Report on the lunatic asylums under the Government of Bombay - 1904-1913
Year: 1904
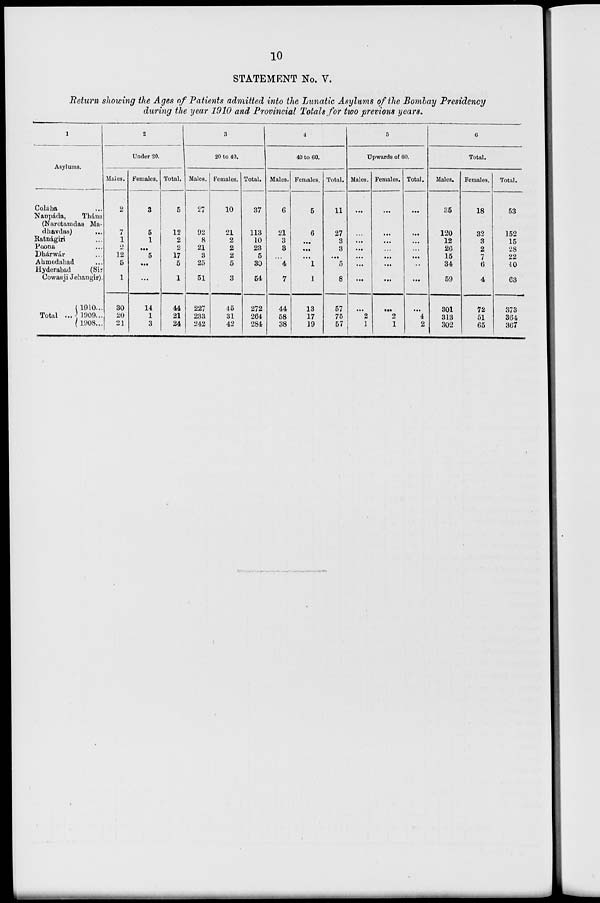
10
STATEMENT No. V.
Return showing the Ages of Patients admitted into the Lunatic Asylums of the Bombay Presidency
during the year 1910 and Provincial Totals for two previous years.
1
Asylums.
Colába ...
Naupáda,
Thána
(Narotamdas Ma-
dhavdas) ...
Ratnágiri ...
Poona ...
Dhárwár ...
Ahmedabad ...
Hyderabad
(Sir
Cowasji Jehangir).
Total ...
1910...
1909...
1908...
2
Under 20.
Males.
2
7
1
2
12
5
1
30
20
21
Females.
3
5
1
...
5
...
...
14
1
3
Total.
5
12
2
2
17
5
1
44
21
24
3
20 to 40.
Males.
27
92
8
21
3
25
51
227
233
242
Females.
10
21
2
2
2
5
3
45
31
42
Total.
37
113
10
23
5
30
54
272
264
284
4
40 to 60.
Males.
6
21
3
3
...
4
7
44
58
38
Females.
5
6
...
...
...
1
1
13
17
19
Total.
11
27
3
3
...
5
8
57
75
57
5
Upwards of 60.
Males.
...
...
...
...
...
...
...
...
2
1
Females.
...
...
...
...
...
...
...
...
2
1
Total.
...
...
...
...
...
...
...
...
4
2
6
Total.
Males.
35
120
12
26
15
34
59
301
313
302
Females.
18
32
3
2
7
6
4
72
51
65
Total.
53
152
15
28
22
40
63
373
364
367